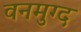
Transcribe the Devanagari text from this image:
वनमुग्द